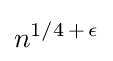
n^{1/4\,+\,\epsilon }